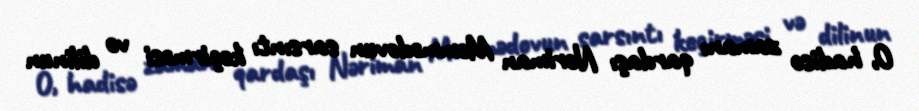
O, hadisə zamanı qardaşı Nəriman Məmmədovun sarsıntı keçirməsi və dilinun